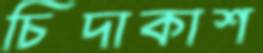
চিদাকাশ